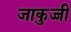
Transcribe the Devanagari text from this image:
जाकुज्जी